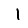
Digit: 1